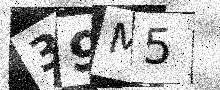
Text: 39M5